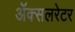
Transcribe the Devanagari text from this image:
ॲक्सलरेटर